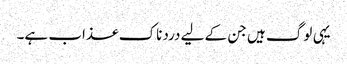
یہی لوگ ہیں جن کے لیے دردناک عذاب ہے۔